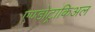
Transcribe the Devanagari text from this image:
एण्डोट्राकिअल